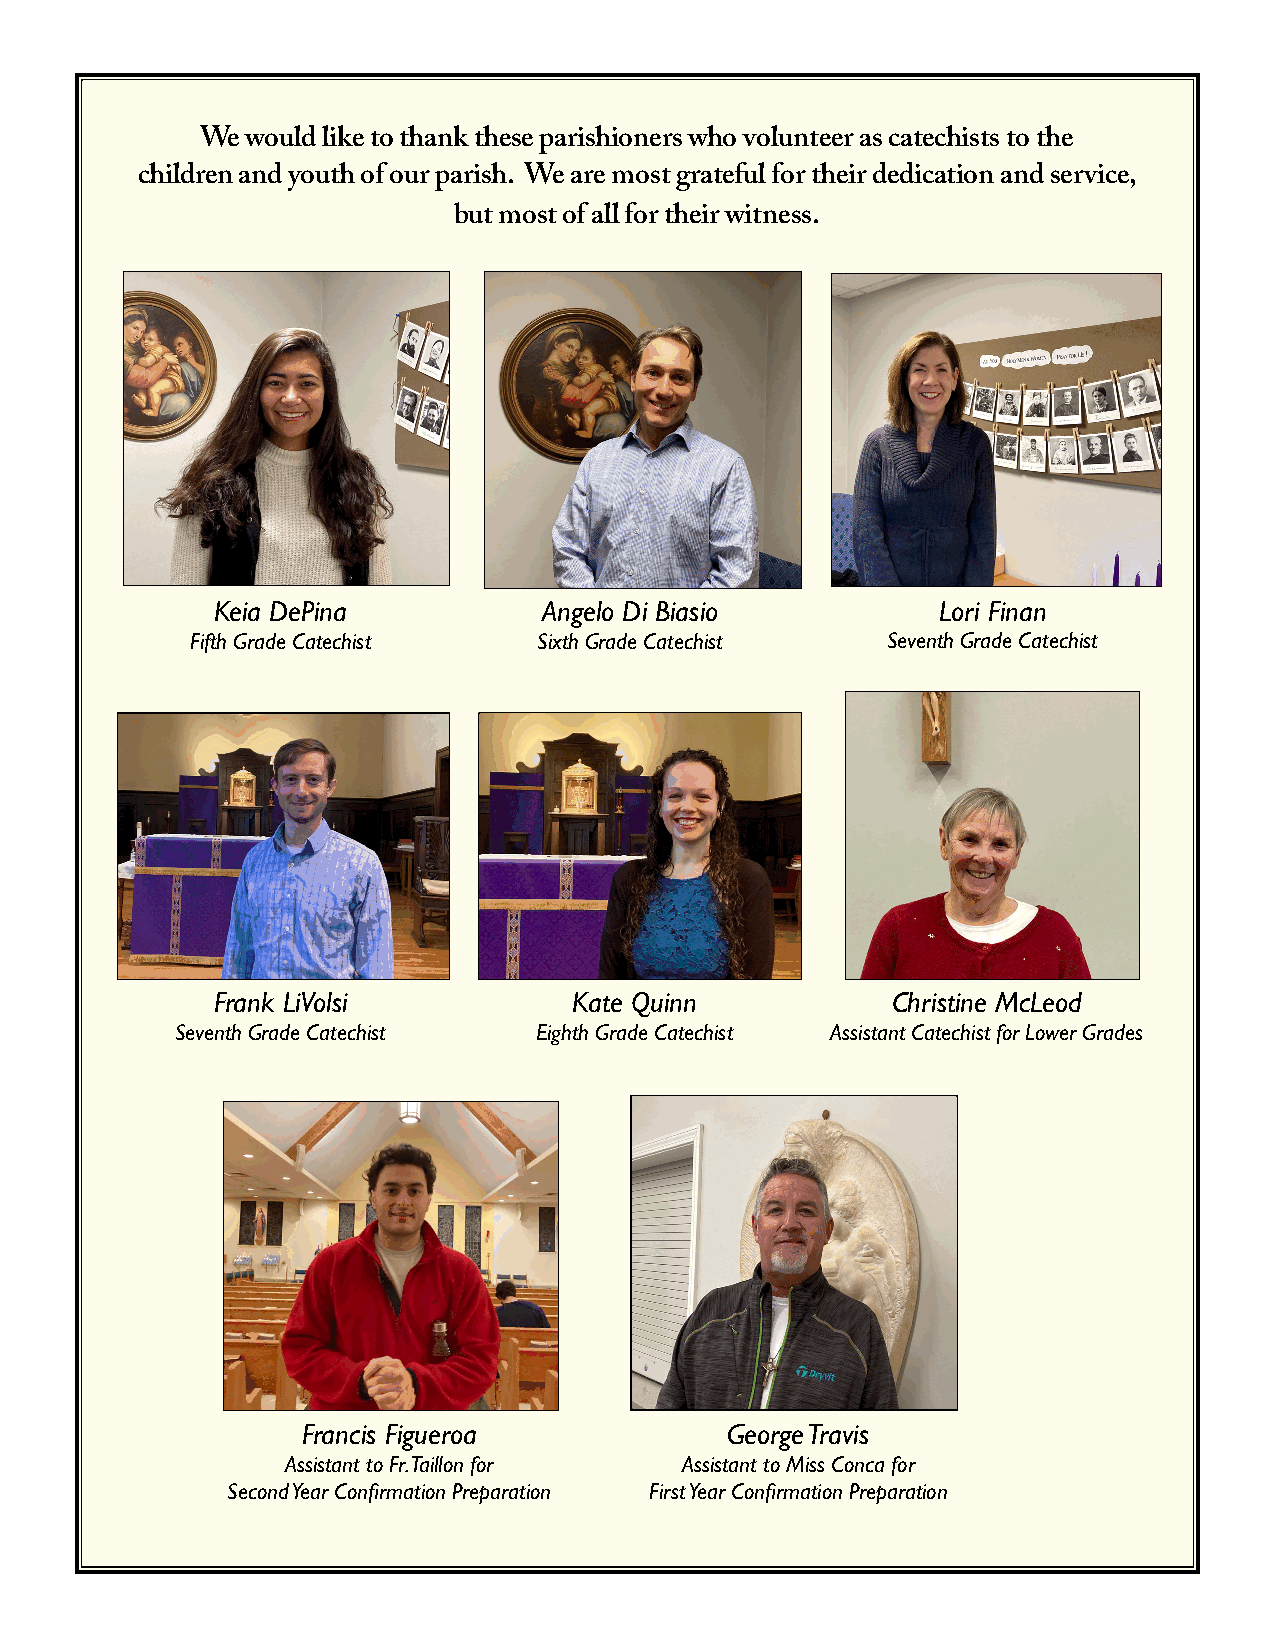
We would like to thank these parishioners who volunteer as catechists to the
 children and youth of our parish. We are most grateful for their dedication and service,
 but most of all for their witness.
 Keia DePina           Angelo Di Biasio          Lori Finan
 Fifth Grade Catechist  Sixth Grade Catechist  Seventh Grade Catechist
 Frank LiVolsi           Kate Quinn           Christine McLeod
 Seventh Grade Catechist Eighth Grade Catechist Assistant Catechist for Lower Grades
 Francis Figueroa            George Travis
 Assistant to Fr. Taillon for Assistant to Miss Conca for
 Second Year Confirmation Preparation First Year Confirmation Preparation